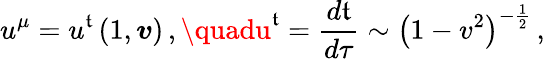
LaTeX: u^{\mu}=u^{\mathfrak{t}}\left(1,\boldsymbol{v}\right)\, ,\quadu^{\mathfrak{t}}=\frac{{d\mathfrak{t}}}{{d\tau}}\sim\left(1-v^{2}\right)^{-\frac{{1}}{{2}}}\, ,